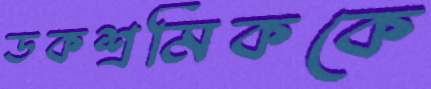
ডকশ্রমিককে